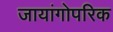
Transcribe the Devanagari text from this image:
जायांगोपरिक